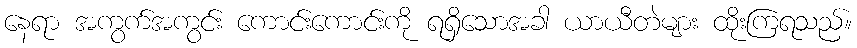
နေရာ အကွက်အကွင်း ကောင်းကောင်းကို ရရှိသောအခါ ယာယီတဲများ ထိုးကြရသည်။